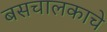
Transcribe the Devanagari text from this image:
बसचालकाचे